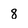
Character: 8